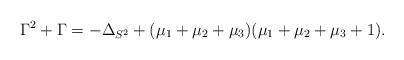
LaTeX: \begin{align*} \Gamma^2+\Gamma=-\Delta_{S^2}+(\mu_1+\mu_2+\mu_3)(\mu_1+\mu_2+\mu_3+1).\end{align*}